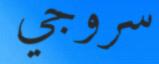
سروجي